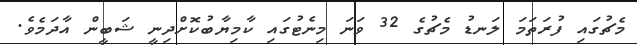
މެޗުގައި ފުރަތަމަ ލަނޑު މެޗުގެ 32 ވަނަ މިނެޓުގައި ކާމިޔާބުކޮށްދިނީ ޝަބީން އާދަމެވެ.